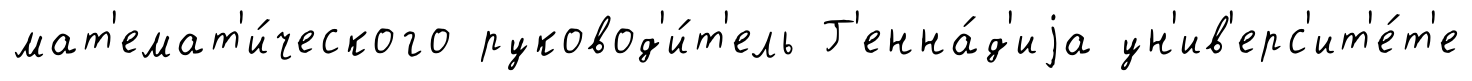
мат'емат'и́ческого руковод'и́т'ель Г'енна́д'иjа ун'ив'ерс'ит'е́т'е